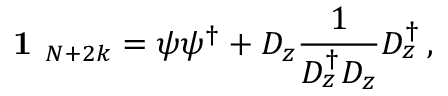
\textbf { 1 } _ { N + 2 k } = \psi \psi ^ { \dagger } + D _ { z } \frac { 1 } { D _ { z } ^ { \dagger } D _ { z } } D _ { z } ^ { \dagger } \, ,